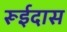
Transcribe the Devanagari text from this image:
रूईदास